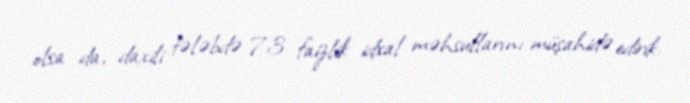
olsa da, daxili tələbdə 73 faizlik idxal məhsullarını müşahidə edirik.